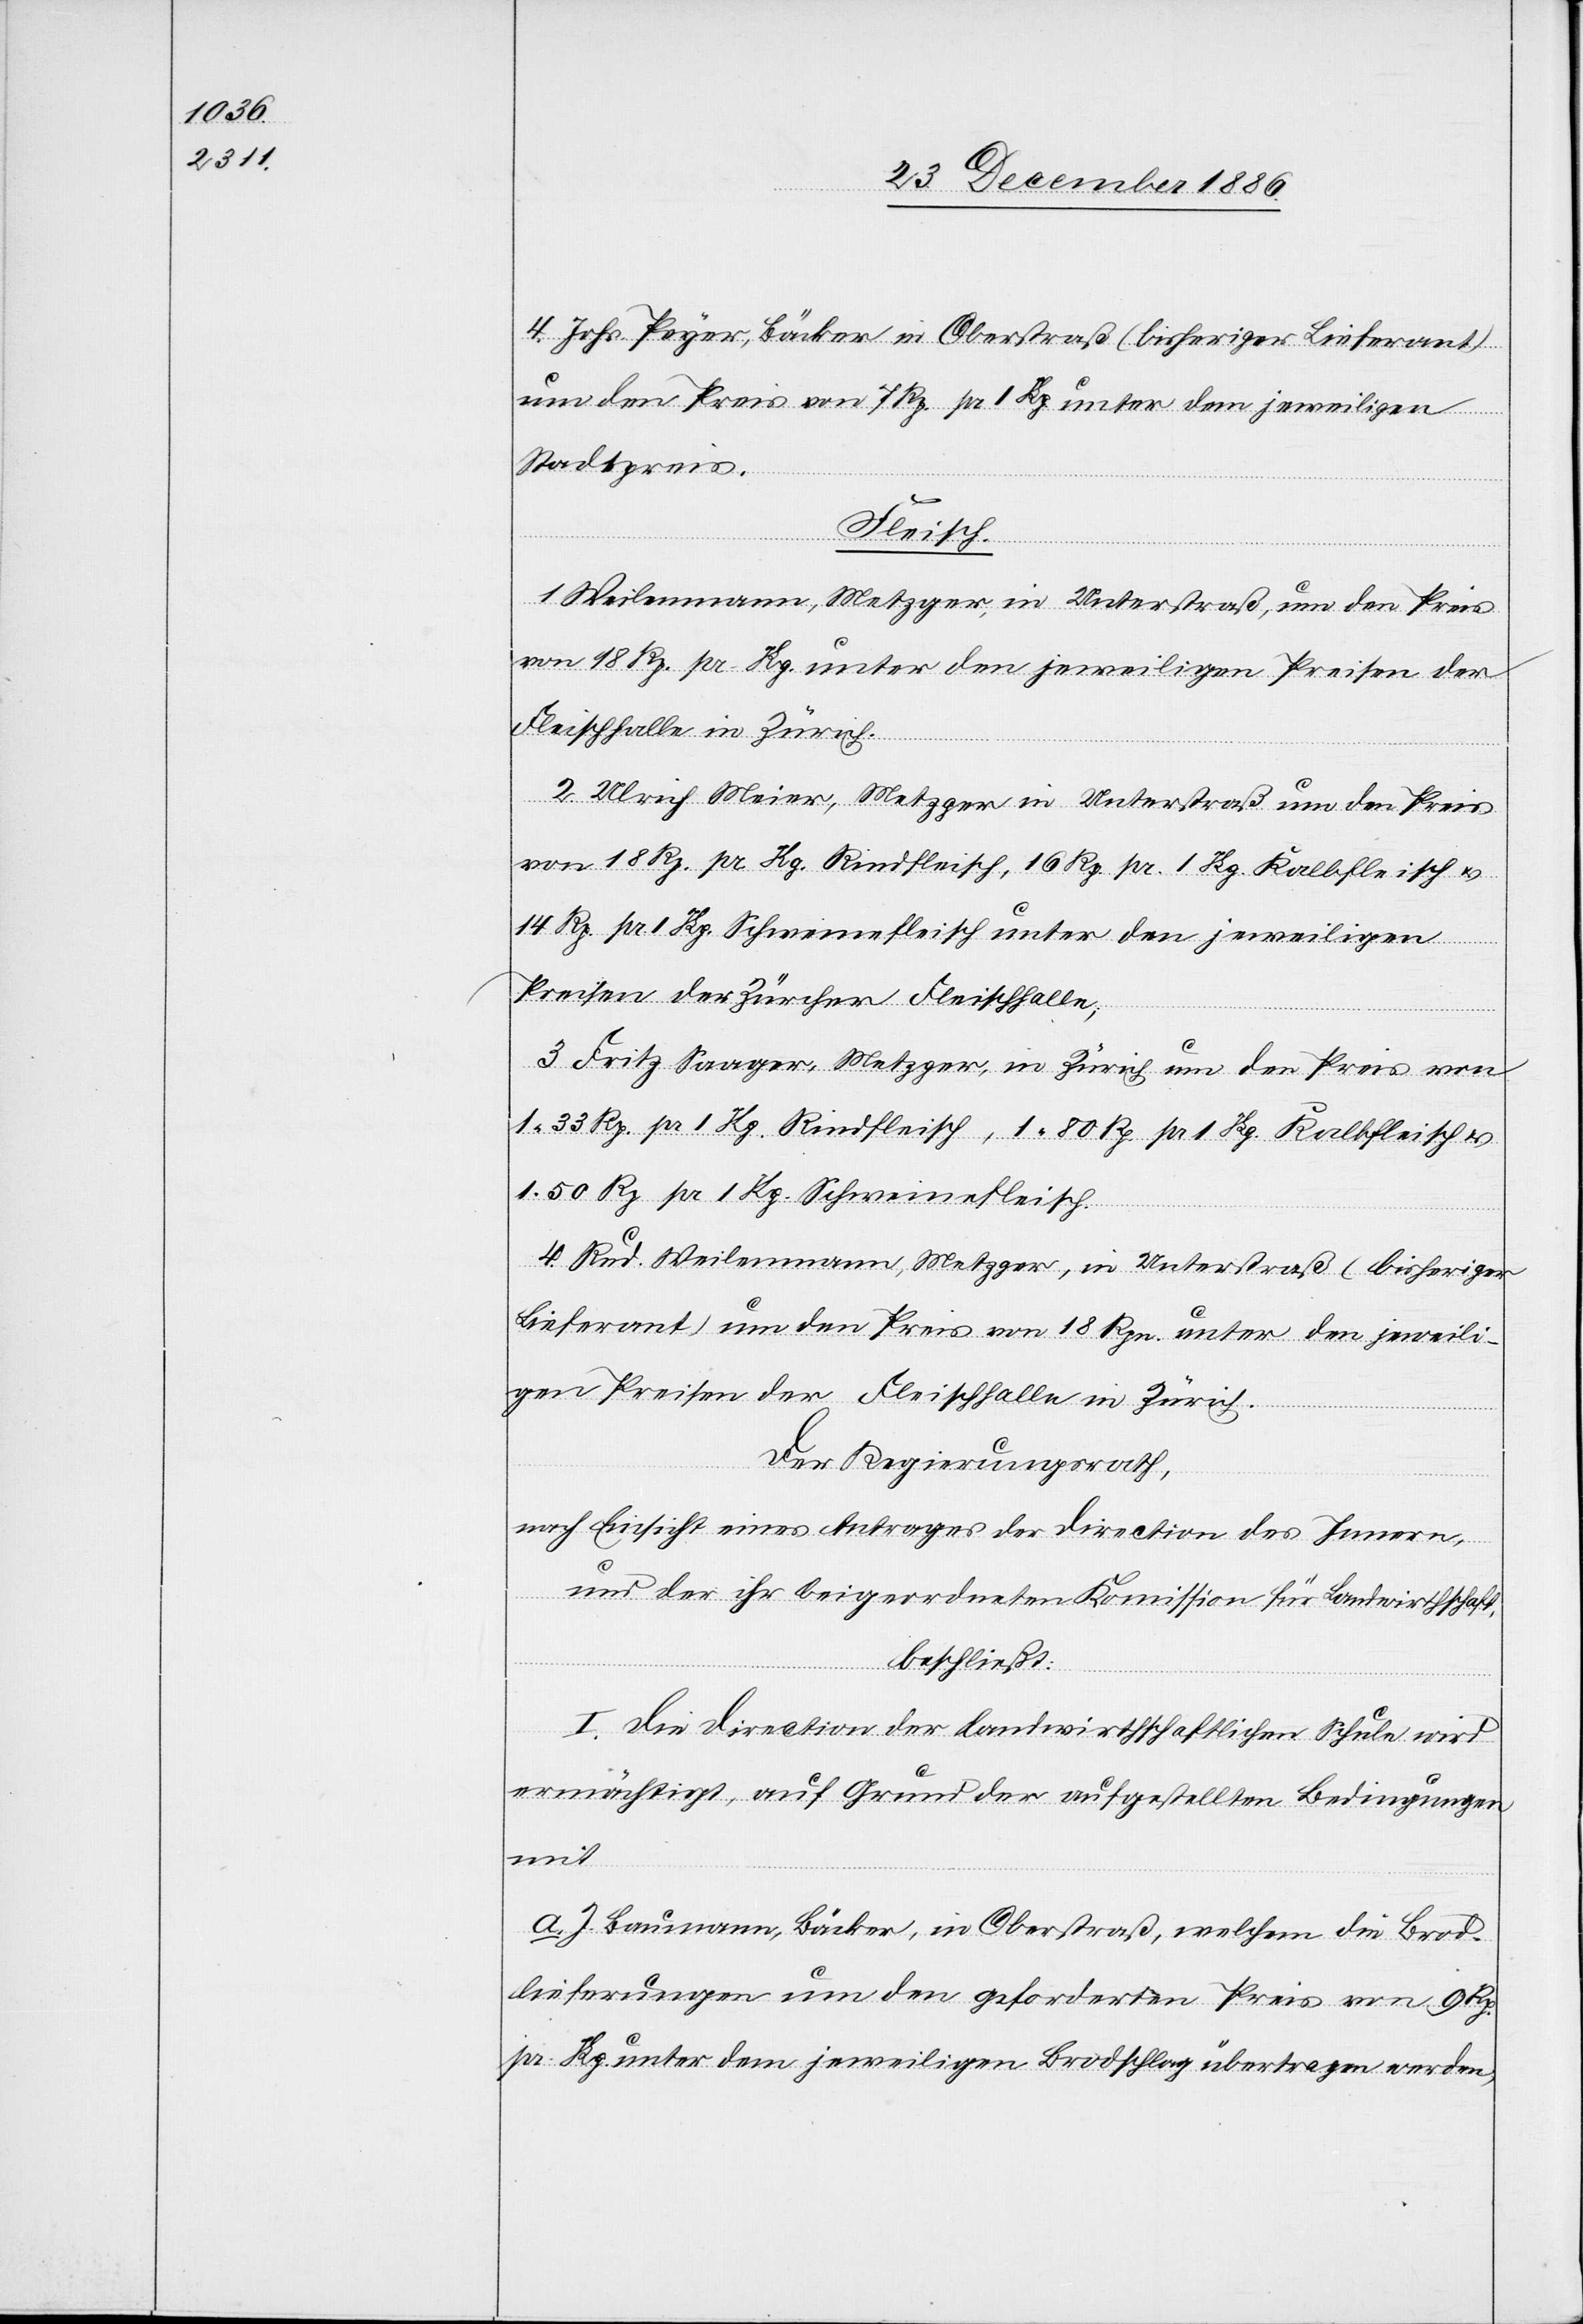
a.
4. Johs. Peyer, Bäcker in Oberstraß (bisheriger Lieferant)
um den Preis von 7 Rp. pr. 1 Kg unter dem jeweiligen
Stadtpreis.
Fleisch.
Rp.
1. Weilenmann, Metzger, in Unterstraß, um den Preis
von 18 Rp. pr. Kg. unter den jeweiligen Preisen der
Fleischhalle in Zürich.
2. Ulrich Meier, Metzger in Unterstraß um den Preis
von 18 Rp. pr. Kg. Rindfleisch, 16 Rp. pr. 1. Kg. Kalbfleisch &
14 Rp. pr. 1 Kg. Schweinefleisch unter den jeweiligen
Preisen der Zürcher Fleischhalle;
3. Fritz Saager, Metzger, in Zürich um den Preis von
1 33 Rp. pr 1 Kg. Rindfleisch, 1 80 Rp. pr. 1 Kg. Kalbfleisch
1 50 Rp. pr. 1 Kg. Schweinefleisch.
4. Rud. Weilenmann, Metzger, in Unterstraß (bisheriger
Lieferant) um den Preis von 18 Rpn. unter den jeweili¬
gen Preisen der Fleischhalle in Zürich.
Der Regierungsrath,
nach Einsicht eines Antrages der Direction des Innern,
und der ihr beigeordneten Kom[m]ission für Landwirthschaft,
beschließt:
I. Die Direction der landwirthschaftlichen Schule wird
ermächtigt, auf Grund der aufgestellten Bedingungen
mit
J. Baumann, Bäcker, in Oberstraß, welchem die Brod¬
lieferungen um den geforderten Preis von 9
pr. Kg. unter dem jeweiligen Brodschlag übertragen werden,